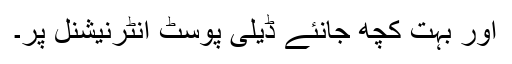
اور بہت کچھ جانئے ڈیلی پوسٹ انٹرنیشنل پر۔